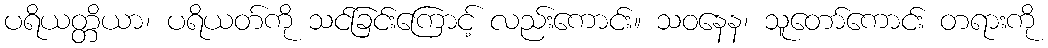
ပရိယတ္တိယာ၊ ပရိယတ်ကို သင်ခြင်းကြောင့် လည်းကောင်း။ သဝနေန၊ သူတော်ကောင်း တရားကို